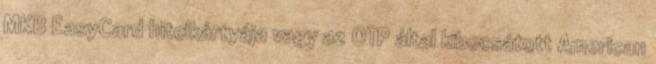
MKB EasyCard hitelkártyája vagy az OTP által kibocsátott American